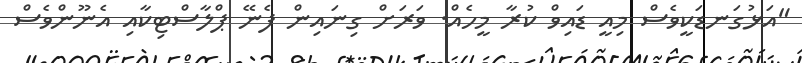
"އަޅުގަނޑަކީވެސް މިއީ ޑައިވް ކުރާ މީހެއް. ވަރަށް ގިނައިން ފެނޭ ޕްލާސްޓިކާއި އެނޫންވެސް